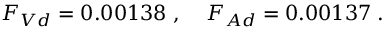
F _ { V d } = 0 . 0 0 1 3 8 \; , \; \; \; \; F _ { A d } = 0 . 0 0 1 3 7 \; .